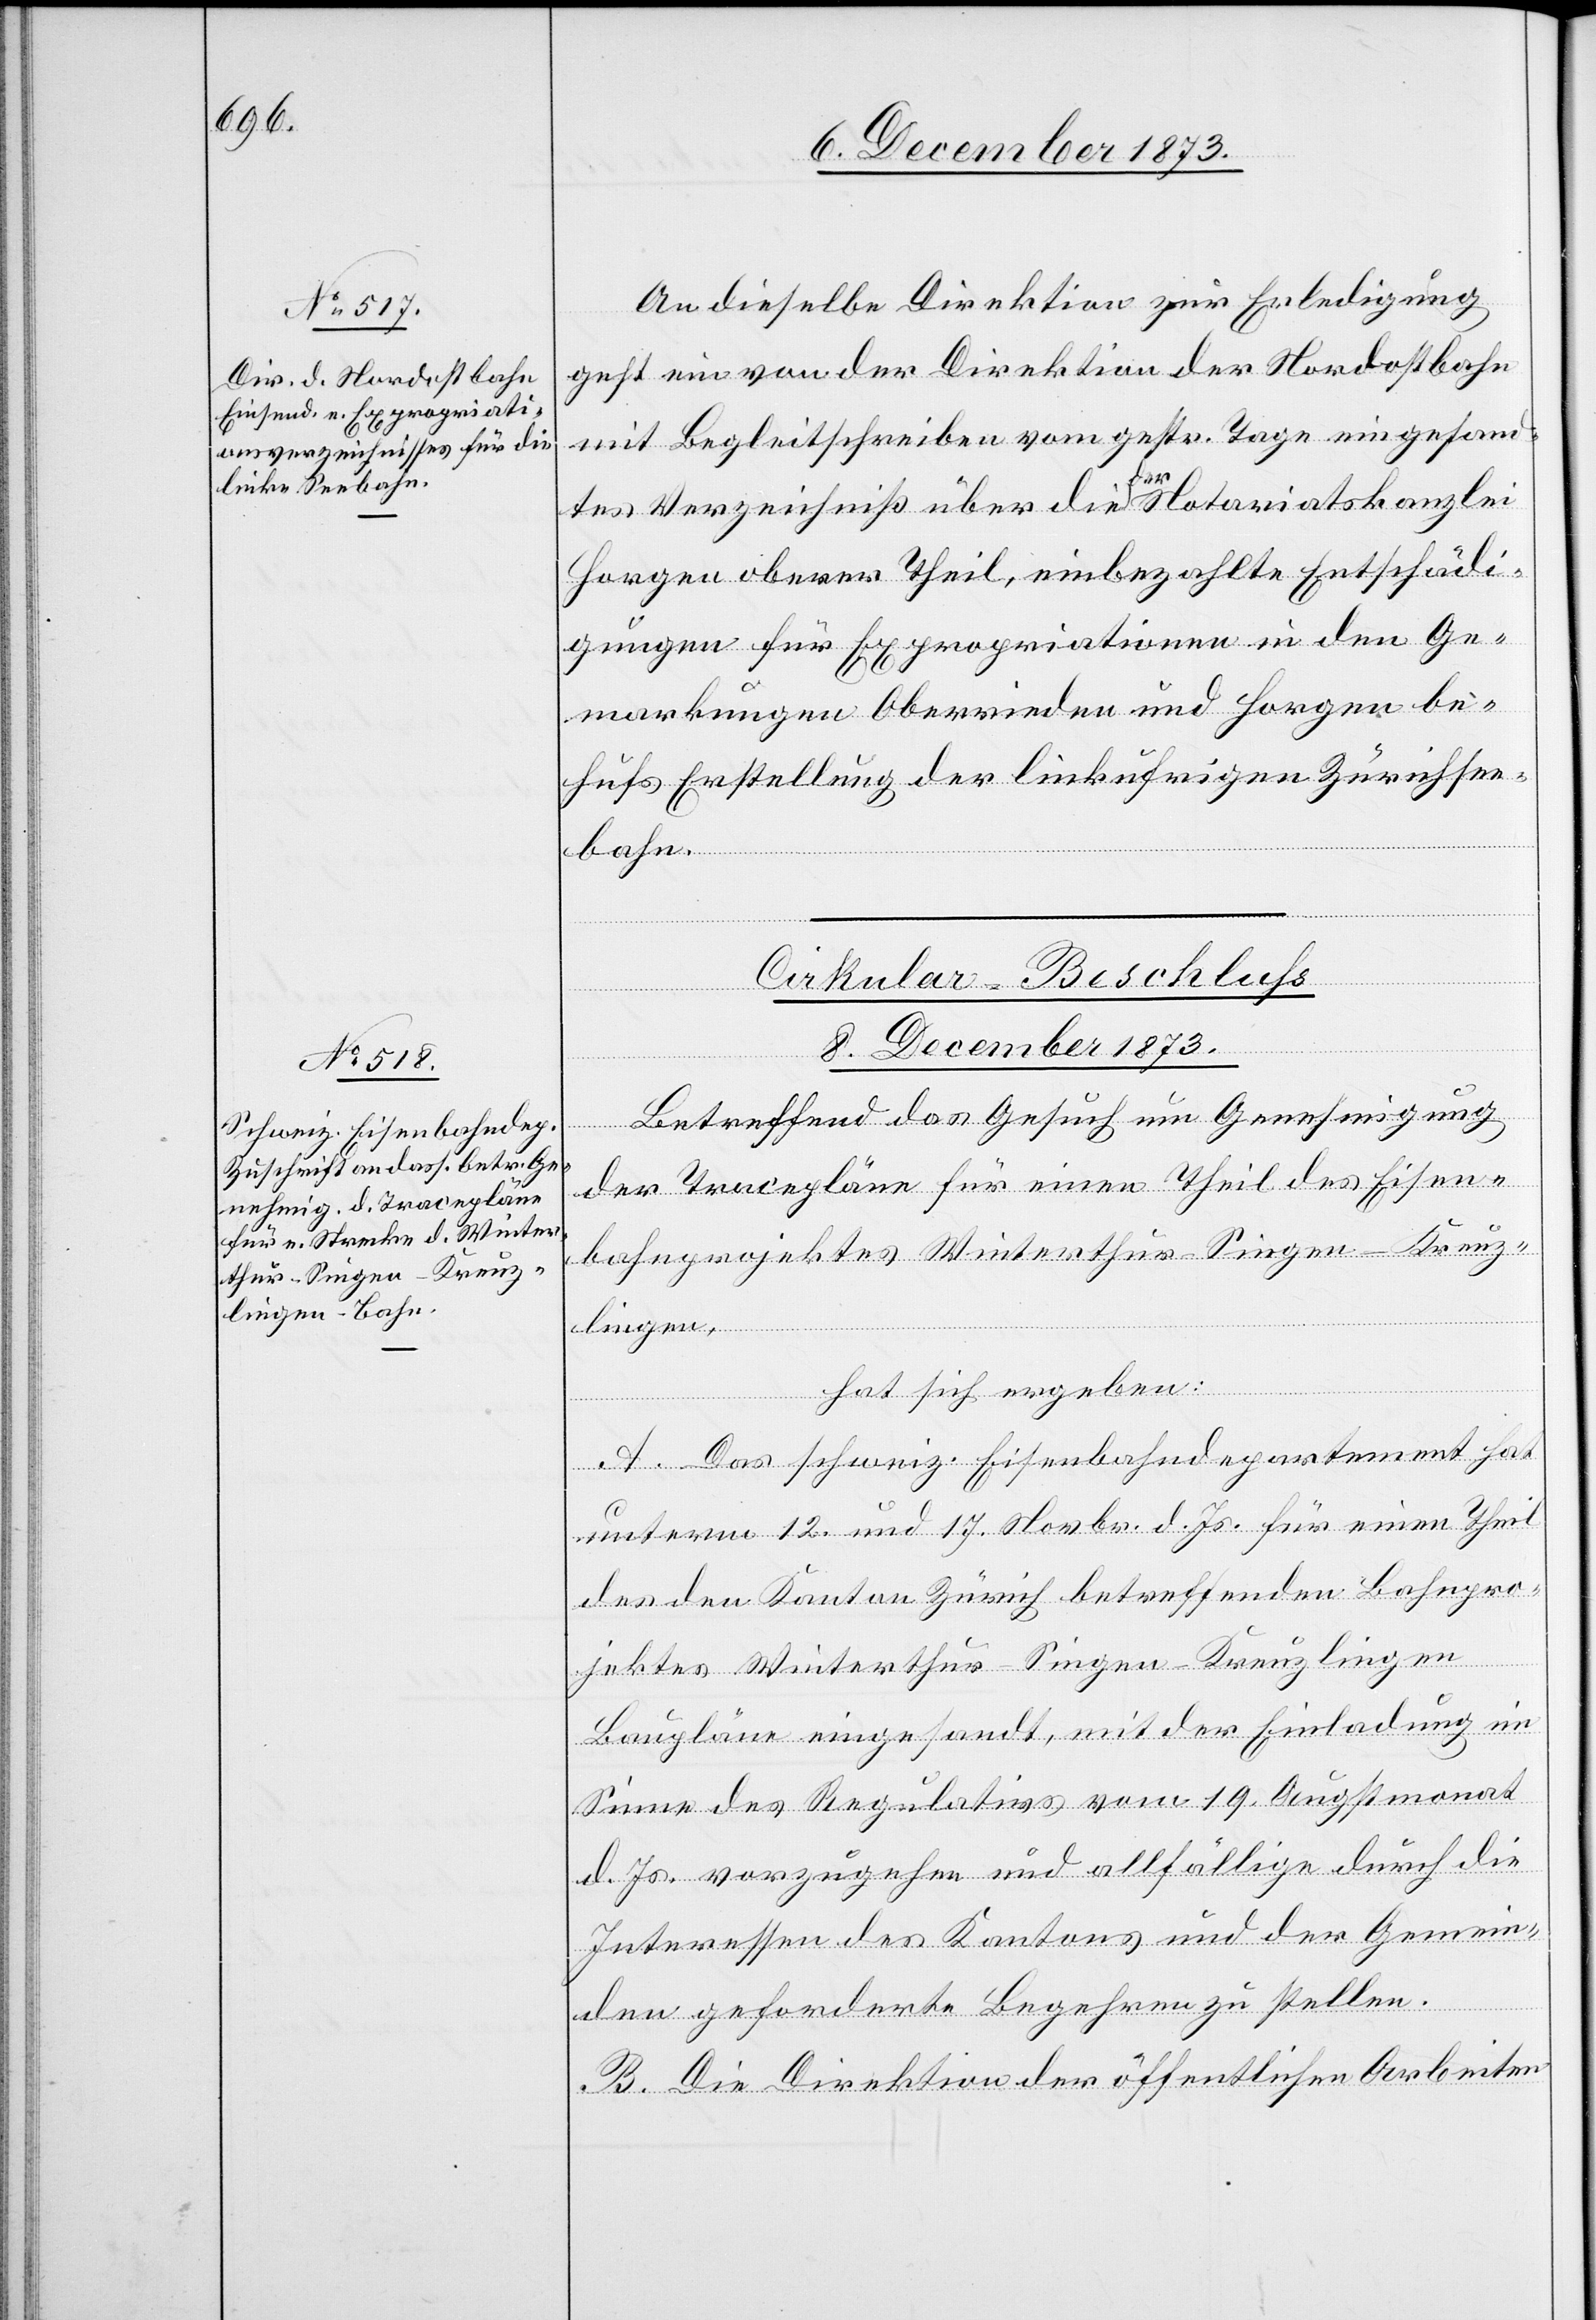
6. December 1873.]
An dieselbe Direktion zur Erledigung
geht ein von der Direktion der Nordostbahn
mit Begleitschreiben vom gestr. Tage eingesand¬
tes Verzeichniß über die der Notariatskanzlei
Horgen oberer Theil, einbezahlte[n] Entschädi¬
gungen für Expropriationen in den Ge¬
markungen Oberrieden und Horgen be¬
hufs Erstellung der linkufrigen Zürichsee¬
bahn.
Cirkular-Beschluss
8. December 1873.
Betreffend das Gesuch um Genehmigung
der Tracepläne für einen Theil des Eisen¬
bahnprojektes Winterthur–Singen–Kreuz¬
lingen,
hat sich ergeben:
A. Das schweiz. Eisenbahndepartement hat
unterm 12. und 17. Novbr. d. Js. für einen Theil
des den Kanton Zürich betreffenden Bahnpro¬
jektes Winterthur–Singen–Kreuzlingen
Baupläne eingesandt, mit der Einladung im
Sinne des Regulativs vom 19. Augstmonat
d. Js. vorzugehen und allfällige durch die
Interessen des Kantons und der Gemein¬
den geforderte Begehren zu stellen.
B. Die Direktion der öffentlichen Arbeiten